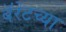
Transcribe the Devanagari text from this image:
बॅरेटच्या